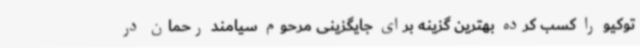
توکیو را کسب کرده بهترین گزینه برای جایگزینی مرحوم سیامند رحمان در